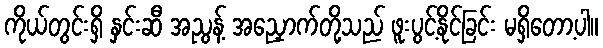
ကိုယ်တွင်းရှိ နှင်းဆီ အညွန့် အညှောက်တို့သည် ဖူးပွင့်နိုင်ခြင်း မရှိတော့ပါ။